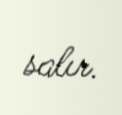
salır.